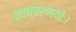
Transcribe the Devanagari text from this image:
त्वच्चरणयोः।